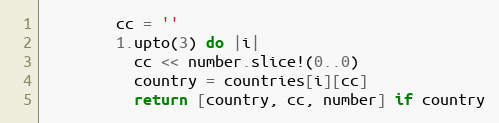
Language: Ruby
        cc = ''
        1.upto(3) do |i|
          cc << number.slice!(0..0)
          country = countries[i][cc]
          return [country, cc, number] if country